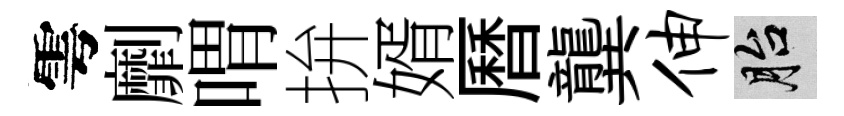
雩劘喟拚婿曆龔伸胎